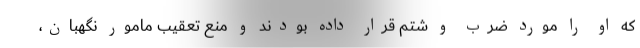
كه او را مورد ضرب و شتم قرار داده بودند و منع تعقيب مامور نگهبان،